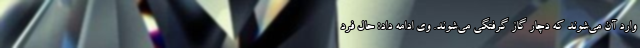
وارد آن می‌شوند که دچار گاز گرفتگی می‌شوند. وی ادامه داد: حال فرد